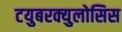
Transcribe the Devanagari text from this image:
टयुबरक्युलोसिस